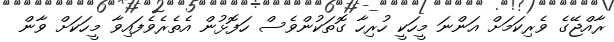
ރާއްޖޭގެ ވެރިކަމަށް އަންނަ މީހަކީ ހުރިހާ ގޮތަކުންވެސް ހަފޮޅުން އެތެރެވެފައިވާ މީހަކަށް ވާން